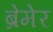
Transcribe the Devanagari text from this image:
ब्रेमेर